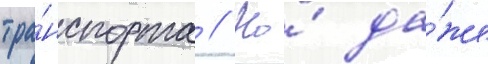
тра́нспорта // Но́ да́же